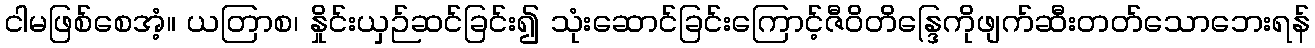
ငါမဖြစ်စေအံ့။ ယတြာစ၊ နှိုင်းယှဉ်ဆင်ခြင်း၍ သုံးဆောင်ခြင်းကြောင့်ဇီဝိတိန္ဒြေကိုဖျက်ဆီးတတ်သောဘေးရန်